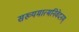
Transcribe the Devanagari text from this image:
सख्यमात्मनिवेदनम्